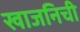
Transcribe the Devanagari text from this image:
खाजनिची